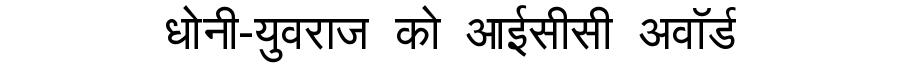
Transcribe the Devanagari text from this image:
धोनी-युवराज को आईसीसी अवॉर्ड